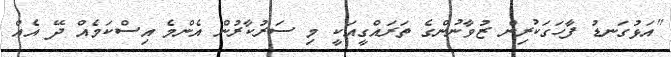
"އަޅުގަނޑު ފާހަގަކުރިން ޒުވާނުންގެ ތަރައްގީއަކީ މި ސަރުކާރުން އެންމެ އިސްކަމެއް ދޭ އެއް